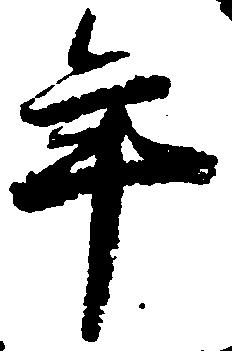
年